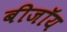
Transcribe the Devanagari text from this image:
बीजॉय